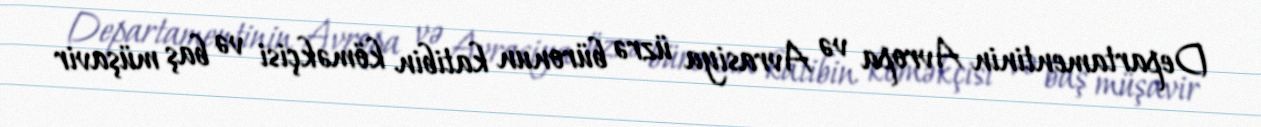
Departamentinin Avropa və Avrasiya üzrə büronun katibin köməkçisi və baş müşavir